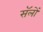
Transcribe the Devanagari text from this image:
सॅलों